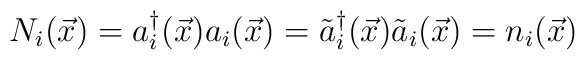
N_i({\vec x})=a_i^\dagger({\vec x})a_{i}({\vec x})={\tilde a}_i^\dagger({\vec x}){\tilde a}_{i}({\vec x})=n_i({\vec x})